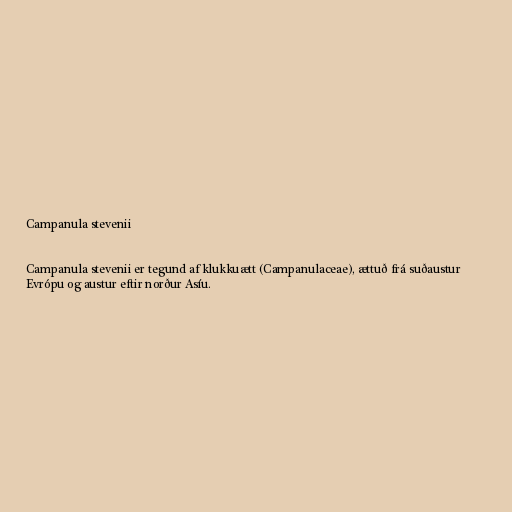
Campanula stevenii

Campanula stevenii er tegund af klukkuætt (Campanulaceae), ættuð frá suðaustur
Evrópu og austur eftir norður Asíu.